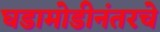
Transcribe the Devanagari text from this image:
घडामोडीनंतरचे